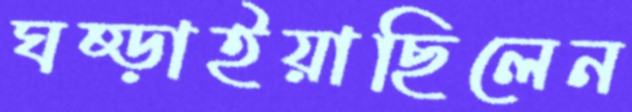
ঘষ্‌ড়াইয়াছিলেন